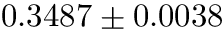
0 . 3 4 8 7 \pm 0 . 0 0 3 8